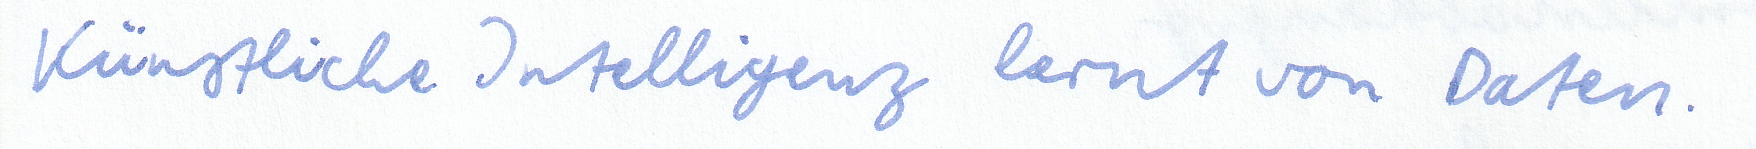
Künstliche Intelligenz lernt von Daten.